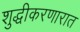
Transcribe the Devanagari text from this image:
शुद्धीकरणारात